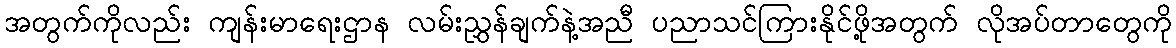
အတွက်ကိုလည်း ကျန်းမာရေးဌာန လမ်းညွှန်ချက်နဲ့အညီ ပညာသင်ကြားနိုင်ဖို့အတွက် လိုအပ်တာတွေကို